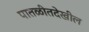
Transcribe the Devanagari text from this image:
पातळीतदेखील